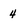
Character: 4